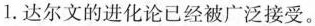
1.达尔文的进化论已经被广泛接受。